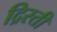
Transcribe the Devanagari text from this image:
द्रिस्ती